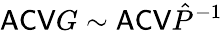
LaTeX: \mathsf{ACV}G\sim\mathsf{ACV}\hat{P}^{-1}